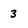
Character: 3